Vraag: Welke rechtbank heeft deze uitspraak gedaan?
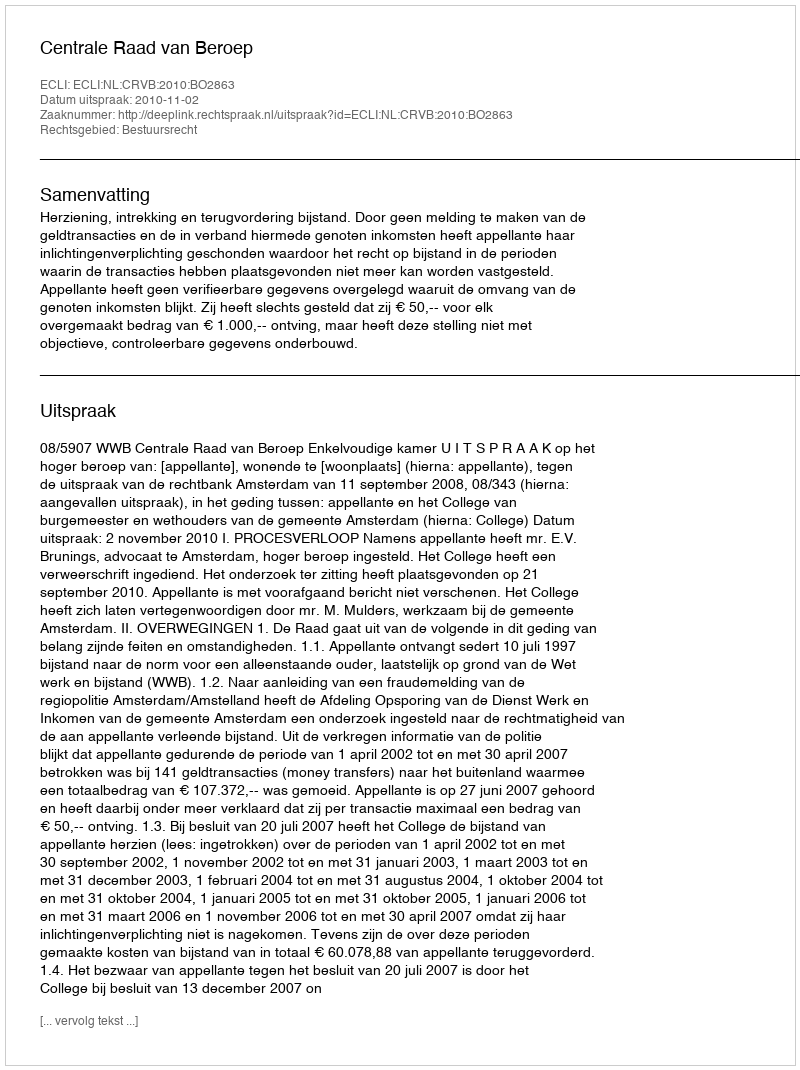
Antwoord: Centrale Raad van Beroep